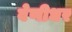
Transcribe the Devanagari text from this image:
वेणीधर